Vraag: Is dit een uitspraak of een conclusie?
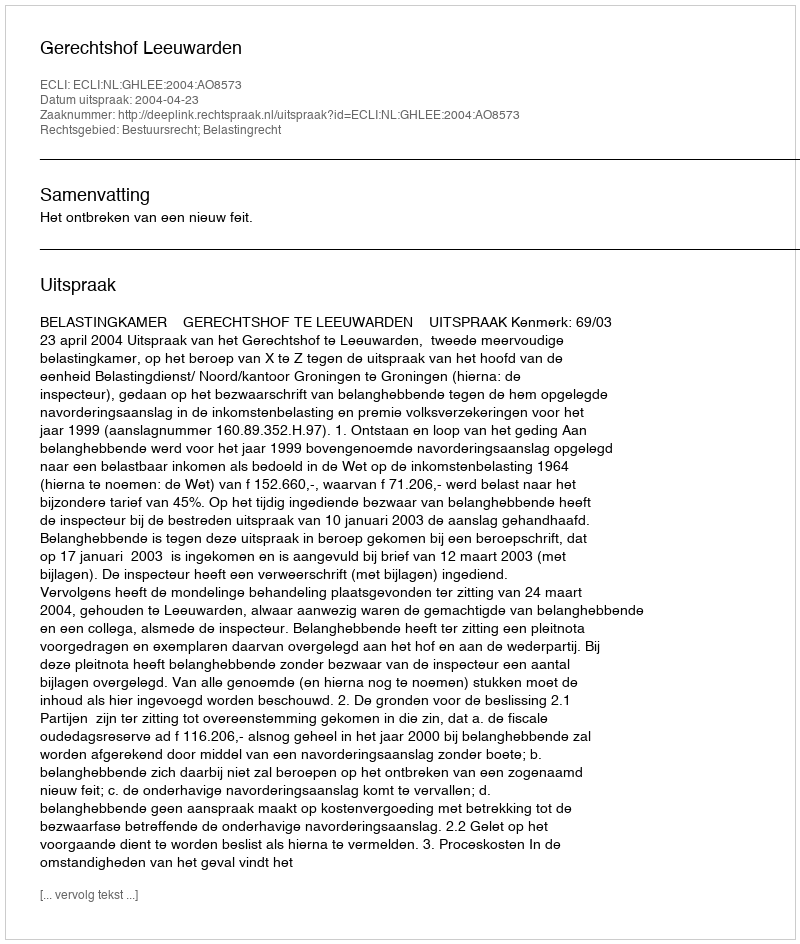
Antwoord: Uitspraak